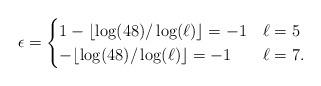
LaTeX: \begin{align*}\epsilon=\begin{cases}1-\lfloor{\log(48)/\log(\ell)}\rfloor=-1 & \ell=5\\-\lfloor{\log(48)/\log(\ell)}\rfloor=-1 & \ell=7.\end{cases}\end{align*}